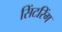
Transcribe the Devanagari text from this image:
सिंटरिंग